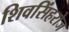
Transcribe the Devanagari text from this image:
शिवसिंहरोज